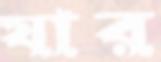
যার